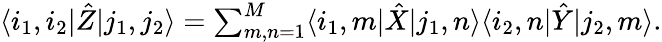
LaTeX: \textstyle\langle i_{1},i_{2}|\hat{Z}|j_{1},j_{2}\rangle=\sum_{m,n=1}^{M}\langle i_{1},m|\hat{X}|j_{1},n\rangle\langle i_{2},n|\hat{Y}|j_{2},m\rangle.